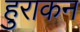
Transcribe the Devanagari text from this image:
हुराकन